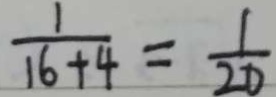
\frac { 1 } { 1 6 + 4 } = \frac { 1 } { 2 0 }